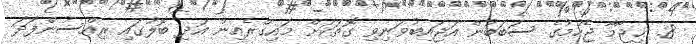
8. ޙިޖާމާ ޖެހުމުގެ ސަބަބުން އަޖައިބުވަނިވި ގޮތަކަށް މައިގްރެއިން އަދި ބޮލުގައި ރިއްސުންފަދަ